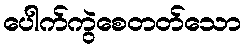
ပေါက်ကွဲစေတတ်သော